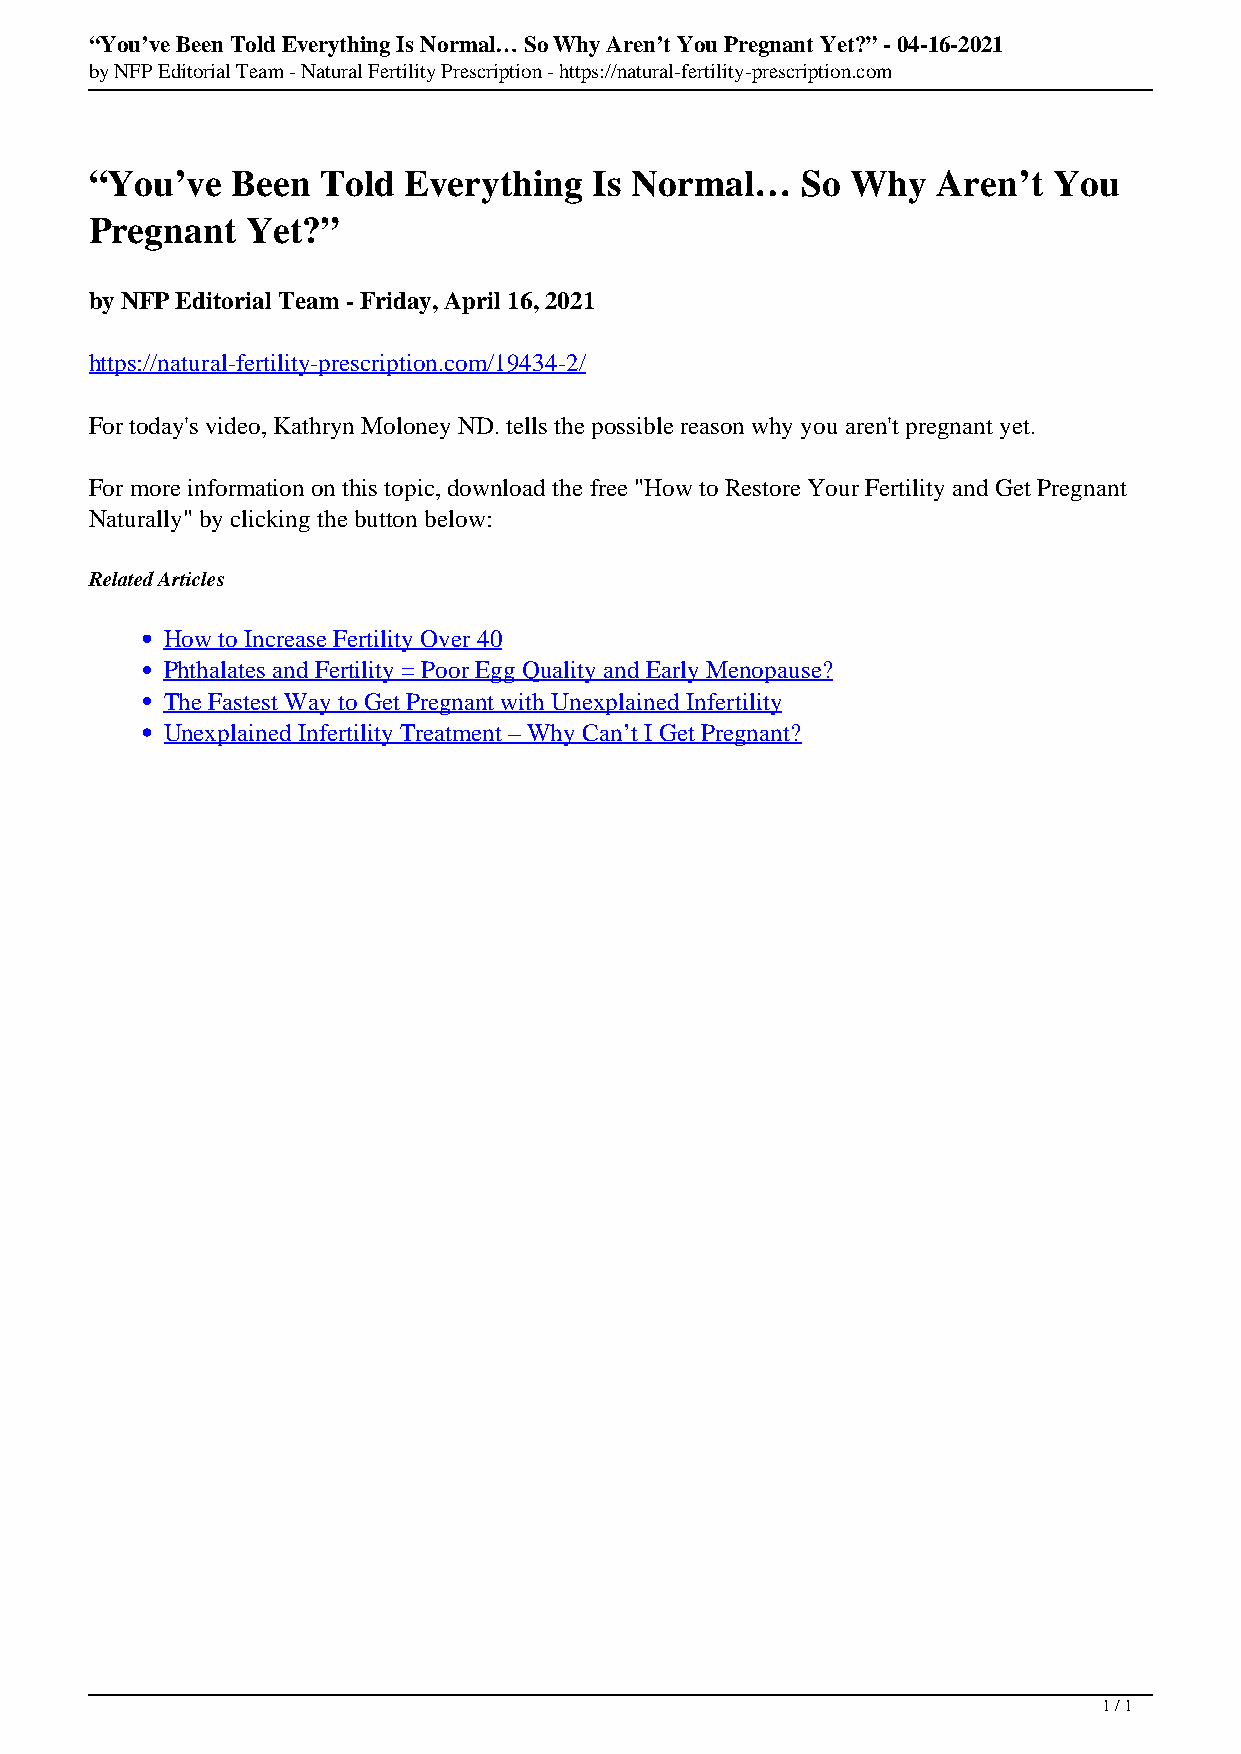
“You’ve Been Told Everything Is Normal… So Why Aren’t You Pregnant Yet?” - 04-16-2021
 by NFP Editorial Team - Natural Fertility Prescription - https://natural-fertility-prescription.com
 “You’ve  Been  Told  Everything  Is Normal…    So Why   Aren’t  You
 Pregnant  Yet?”
 by NFP Editorial Team - Friday, April 16, 2021
 https://natural-fertility-prescription.com/19434-2/
 For today's video, Kathryn Moloney ND. tells the possible reason why you aren't pregnant yet.
 For more information on this topic, download the free "How to Restore Your Fertility and Get Pregnant
 Naturally" by clicking the button below:
 Related Articles
 How to Increase Fertility Over 40
 Phthalates and Fertility = Poor Egg Quality and Early Menopause?
 The Fastest Way to Get Pregnant with Unexplained Infertility
 Unexplained Infertility Treatment – Why Can’t I Get Pregnant?
 1 / 1
 Powered by TCPDF (www.tcpdf.org)